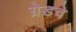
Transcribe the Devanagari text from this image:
ग्रेडचे